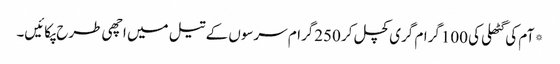
*آم کی گٹھلی کی 100گرام گری کچل کر 250گرام سرسوں کے تیل میں اچھی طرح پکائیں۔